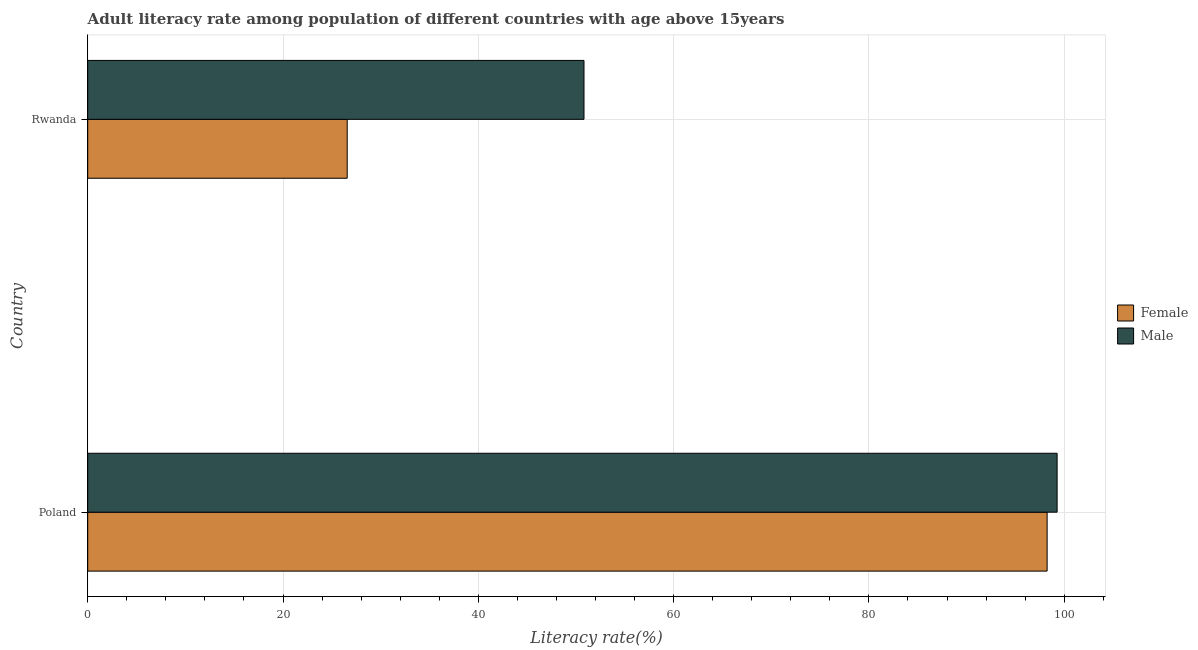
| Country | Female | Male |
 | --- | --- | --- |
 | Poland | 98.3 | 99.3 |
 | Rwanda | 26.6 | 50.8 |